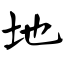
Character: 地